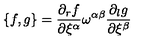
\{ f , g \} = \frac { \partial _ { r } f } { \partial \xi ^ { \alpha } } \omega ^ { \alpha \beta } \frac { \partial _ { l } g } { \partial \xi ^ { \beta } }